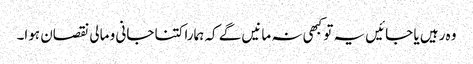
وہ رہیں یا جائیں یہ تو کبھی نہ مانیں گے کہ ہمارا کتنا جانی و مالی نقصان ہوا۔